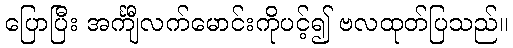
ပြောပြီး အင်္ကျီလက်မောင်းကိုပင့်၍ ဗလထုတ်ပြသည်။